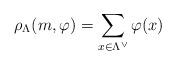
LaTeX: \begin{align*}\rho_\Lambda(m,\varphi) = \sum_{ x\in \Lambda^\vee } \varphi(x) \end{align*}